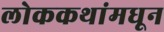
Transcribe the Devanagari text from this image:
लोककथांमधून